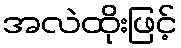
အလဲထိုးဖြင့်